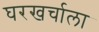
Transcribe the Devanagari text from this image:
घरखर्चाला